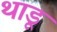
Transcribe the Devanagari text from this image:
थाडू